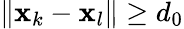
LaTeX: \| \mathbf{x}_{k}-\mathbf{x}_{l}\| \geq d_{0}